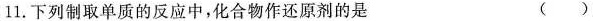
1.下列制取单质的反应中,化合物作还原剂的是()